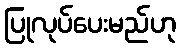
ပြုလုပ်ပေးမည်ဟု